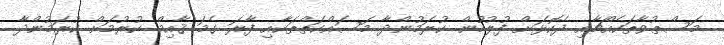
މަސްތުވާތަކެއްޗާއި ދެކޮޅަށް ފުލުހުން ކުރަމުންދާ މަސައްކަތްތަކާއި ފާރަ ގެމަ ޤާއިމް ކުރުމަށް ކުރަމުންދާ